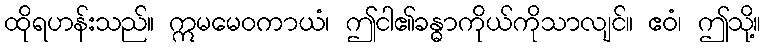
ထိုရဟန်းသည်။ ဣမမေဝကာယံ၊ ဤငါ၏ခန္ဓာကိုယ်ကိုသာလျင်။ ဧဝံ၊ ဤသို့။